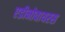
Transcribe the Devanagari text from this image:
एडीनोवायरस